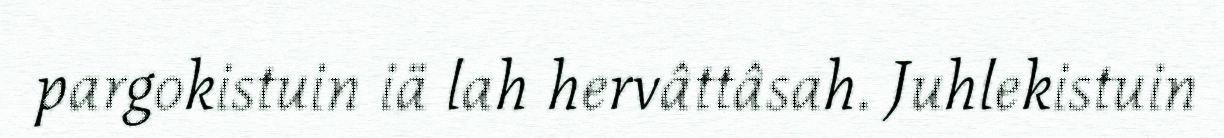
pargokistuin iä lah hervâttâsah. Juhlekistuin